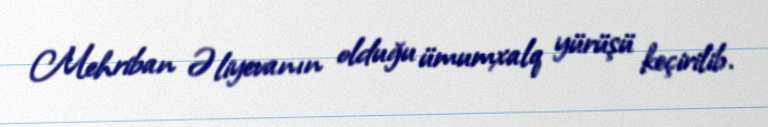
Mehriban Əliyevanın olduğu ümumxalq yürüşü keçirilib.